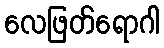
လေဖြတ်ရောဂါ